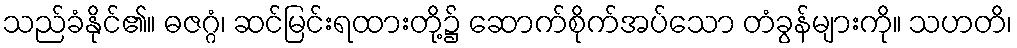
သည်ခံနိုင်၏။ ဓဇဂ္ဂံ၊ ဆင်မြင်းရထားတို့၌ ဆောက်စိုက်အပ်သော တံခွန်များကို။ သဟတိ၊